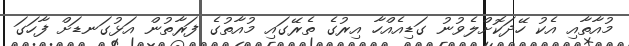
މުއާތާއި އެކު ހޭދަކޮށްލެވުނު ގަޑިއެއްހާ އިރުގެ ތެރޭގައި މުއާތުގެ ފަރާތުން އަޅުގަނޑަށް ފާހަގަ